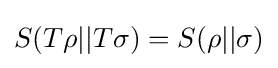
S(T\rho ||T\sigma )=S(\rho ||\sigma )